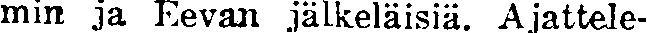
min ja Eevan jälkeläisiä. Ajattele-